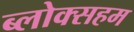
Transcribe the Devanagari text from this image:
ब्लोक्सहम